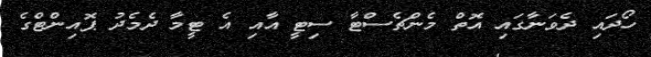
ހޯދައި ދެވަނާގައި އޮތް މެންޗެސްޓާ ސިޓީ އާއި އެ ޓީމާ ދެމެދު ޕޮއިންޓްގެ